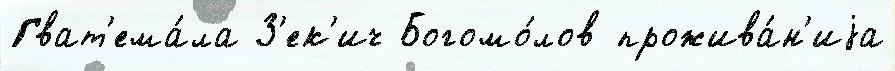
Гват'ема́ла З'ек'ич Богомо́лов прожива́н'иjа